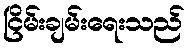
ငြိမ်းချမ်းရေးသည်